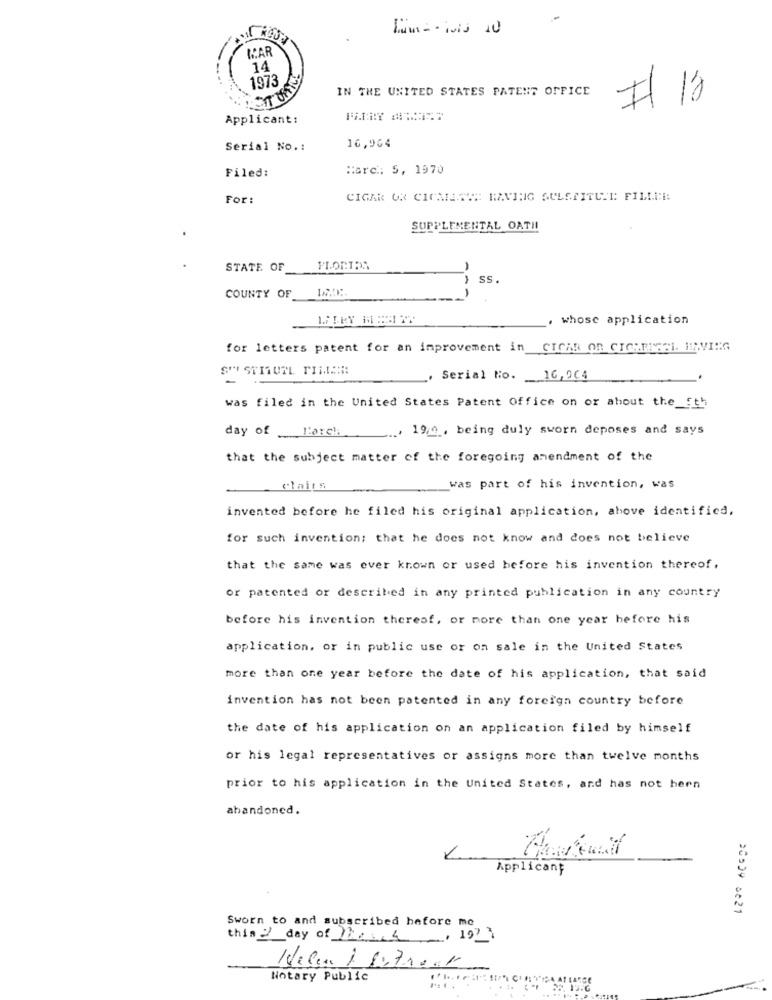
MAR
14
1973
IN THE UNITED STATES PATENT OFFICE
Applicant:
Serial No .:
16,964
Filed:
Marc: 5, 1970
For:
CIGAR OR CIONESSE MANTHG SULSTITUTE FILLER:
SUPPLEMENTAL OATH
STATE OF
-
SS.
-
COUNTY OF
whose application
for letters patent for an improvement in CICAR On CICHENGEL IRVING
S' STITUTL TIMA
Serial No. 16,064
was filed in the United States Patent Office on or about the_5th
day of l'arc !:
.... 19/0 . being duly sworn deposes and says
that the subject matter of the foregoing amendment of the
claits
was part of his invention, was
invented before he filed his original application, above identified,
for such invention; that he does not know and does not believe
that the same was ever known or used before his invention thereof.
or patented or described in any printed publication in any country
before his invention thereof, or more than one year before his
application, or in public use or on sale in the United States
more than one year before the date of his application, that said
invention has not been patented in any foreign country before
the date of his application on an application filed by himself
or his legal representatives or assigns more than twelve months
prior to his application in the United States, and has not been
abandoned.
Applicant
2C=29 6021
Sworn to and subscribed before me_
thin 2 day of 1x4, 1913
Helen & Street
-
Notary Public
tarce